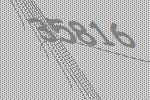
35816